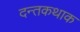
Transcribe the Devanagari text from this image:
दन्तकथाक